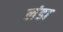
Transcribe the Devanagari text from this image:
लंडा